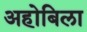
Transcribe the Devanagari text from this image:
अहोबिला